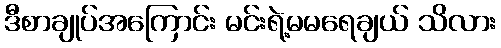
ဒီစာချုပ်အကြောင်း မင်းရဲ့မမရေချယ် သိလား